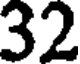
32